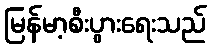
မြန်မာ့စီးပွားရေးသည်